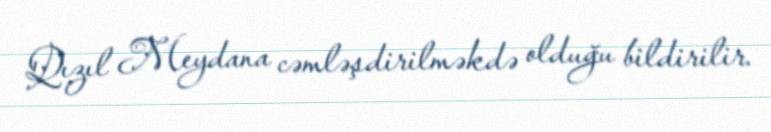
Qızıl Meydana cəmləşdirilməkdə olduğu bildirilir.